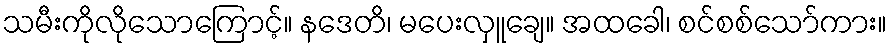
သမီးကိုလိုသောကြောင့်။ နဒေတိ၊ မပေးလှူချေ။ အထခေါ၊ စင်စစ်သော်ကား။